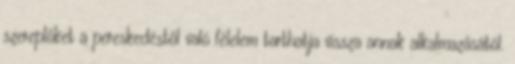
szereplőket a pereskedéstől való félelem tarthatja vissza annak alkalmazásától.